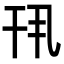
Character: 𫷖